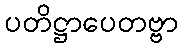
ပတိဋ္ဌာပေတဗ္ဗာ